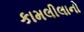
કામલીલાનો